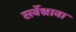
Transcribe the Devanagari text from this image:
सर्वेश्रावा